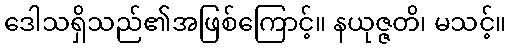
ဒေါသရှိသည်၏အဖြစ်ကြောင့်။ နယုဇ္ဇတိ၊ မသင့်။